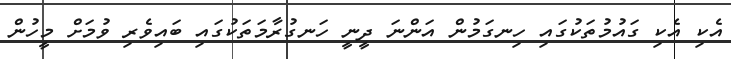
އެކި އެކި ގައުމުތަކުގައި ހިނގަމުން އަންނަ ދީނީ ހަނގުރާމަތަކުގައި ބައިވެރި ވުމަށް މީހުން